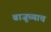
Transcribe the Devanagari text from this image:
बाजूच्याच